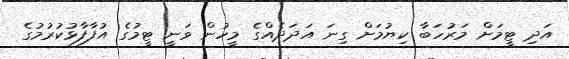
އަދި ޓީމަށް މަރުހަބާ ކިޔުމަށް ގިނަ އަދަދެއްގެ މީހުން ވަނީ ޓީމުގެ އުފާފާޅުކުރުމުގެ